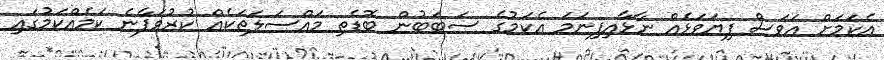
އެކަމަށް އަވަސް ފިޔަވަޅެއް ނާޅާއިފިނަމަ އެކަމުގެ ސަބަބުން ބޮޑެތި މައްސަލަތަކެއް ކުރުވަފާނެ ކަމެއްކަމުގައި